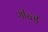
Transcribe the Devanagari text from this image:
भीरती